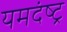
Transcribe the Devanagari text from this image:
यमदंष्ट्र